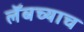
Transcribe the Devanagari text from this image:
लॅबच्याच